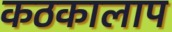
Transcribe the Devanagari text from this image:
कठकालाप